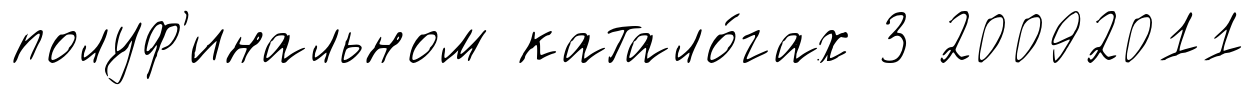
полуф'инальном катало́гах 3 20092011